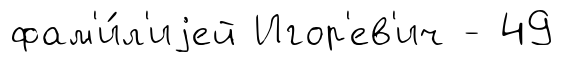
фам'и́л'иjей Игор'ев'ич - 49